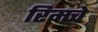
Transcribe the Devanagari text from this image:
रिमचे